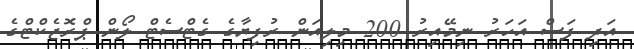
އަދި ފަސް އަހަރު ނިމޭއިރު 200 މިލިއަން ރުފިޔާގެ ގެޓްސެޓް ލޯން ޕްރޮޖެކްޓްގެ